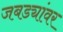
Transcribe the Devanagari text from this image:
जबड्यांवर